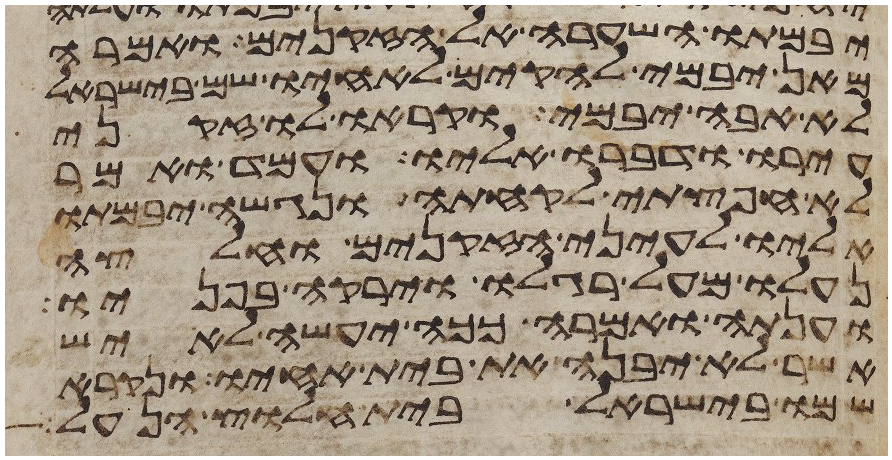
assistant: יבמתו השערה אל הזקנים ואמרה
מאן יבמי להקים לאחיו שם בישראל
לא אבה יבמי וקראו לו זקני
עירו ודברו אליו ועמד ואמר
לא חפצתי לקחתה ונגשה יבמתו
אליו לעיני הזקנים וחלצה
נעלו מעל רגלו וירקה בפניו
וענתה ואמרה ככה יעשה לאיש
אשר לא יבנה את בית אחיו ונקרא
שמו בישראל בית חלוץ הנעל